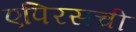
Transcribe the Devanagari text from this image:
एपिरसची